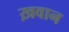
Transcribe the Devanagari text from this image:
ख़वान